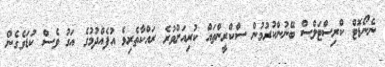
ނެނޯޑޮޓް ކްރިސްޓަލްސް ބޭނުންކުރުމުން ސްކްރީންތައް ކުރިއަށްވުރެ ރައްކާތެރިވެ އުފެއްދުމުގެ އަގު ވެސް ކުޑަވެގެން